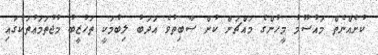
ކުށެއްނެތް މައުސޫމު މީހުންގެ މައްޗަށް ކުށް ސާބިތުވެ އަދަބު ލިބުމަކީ ތަހުޒީބު މުޖުތަމަޢުތަކުގައި